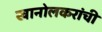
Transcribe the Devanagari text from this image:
खानोलकरांची